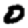
Digit: 0